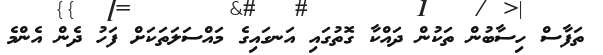
ތަފާސް ހިސާބުން ތަކުން ދައްކާ ގޮތުގައި އަނގައިގެ މައްސަލަތަކަށް ފަހު ދެން އެންމެ